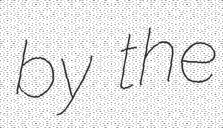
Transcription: by the